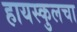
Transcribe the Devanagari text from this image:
हायस्कुलचा